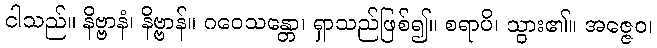
ငါသည်။ နိဗ္ဗာနံ၊ နိဗ္ဗာန်။ ဂဝေသန္တော၊ ရှာသည်ဖြစ်၍။ စရာပိ၊ သွား၏။ အဇ္ဇေဝ၊